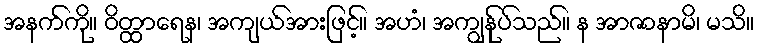
အနက်ကို။ ဝိတ္ထာရေန၊ အကျယ်အားဖြင့်။ အဟံ၊ အကျွန်ုပ်သည်။ န အာဇာနာမိ၊ မသိ။